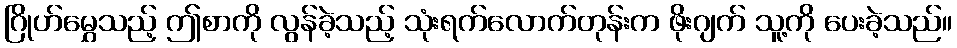
ဂြိုဟ်မွှေသည့် ဤစာကို လွန်ခဲ့သည့် သုံးရက်လောက်တုန်းက ဖိုးဂျက် သူ့ကို ပေးခဲ့သည်။